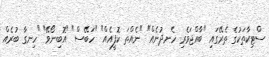
ސްޓިކާތަކުގެ ތެރޭގައި "ބާއްޖަވެރި ހެނދުނެއް" "ނެއްތަ ކޮފީއެއް" "ހަބޭސް" "އޮބިނޯވޭ" "ހިނގާ ބުރެއް